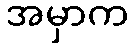
အမှာက